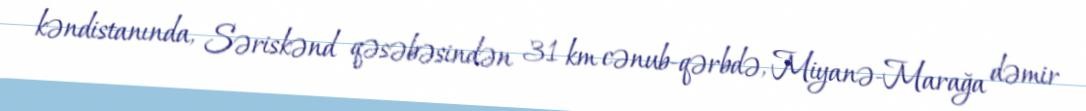
kəndistanında, Səriskənd qəsəbəsindən 31 km cənub-qərbdə, Miyanə-Marağa dəmir